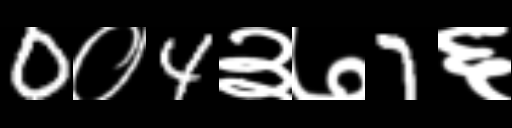
Text: 0०4३७7६